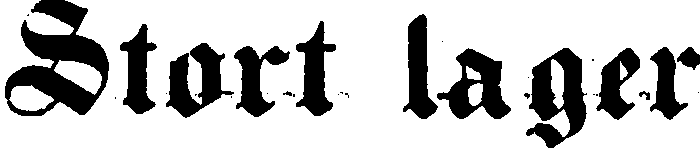
Stort lager